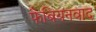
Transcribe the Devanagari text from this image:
फैबियनवाद